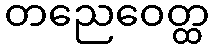
တညေဝေတ္ထ